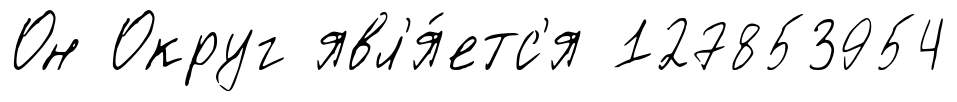
Он Округ явл'я́етс'я 127853954